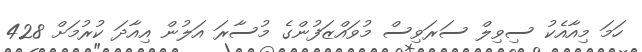
ހަމަ މިއާއެކު ސިވިލް ސަރަވިސް މުވައްޒަފުންގެ މުސާރަ އަލުން އިއާދަ ކުރުމަށް 428